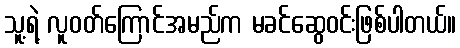
သူ့ရဲ့ လူဝတ်ကြောင်အမည်က မခင်ဆွေဝင်းဖြစ်ပါတယ်။